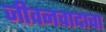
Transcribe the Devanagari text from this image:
जीवनवादाचा